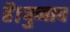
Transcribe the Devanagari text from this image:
है।चुनाव